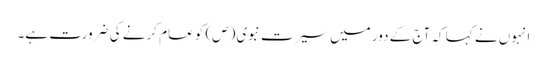
انہوں نے کہا کہ آج کے دور میں سیرت نبوی (ص) کو عام کرنے کی ضرورت ہے۔